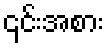
၎င်းအစား